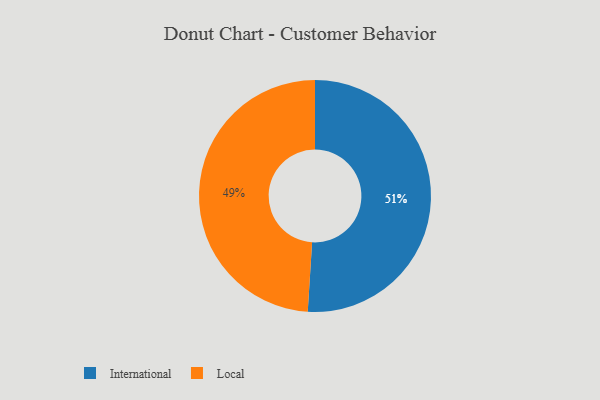
{"axis": {"x": "Category", "y": "Percentage"}, "legend": ["International", "Local"], "data": [{"x": "Local", "y": 49, "type": "Local"}, {"x": "International", "y": 51, "type": "International"}]}